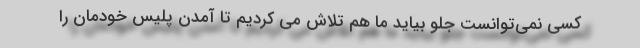
کسی نمی‌توانست جلو بیاید ما هم تلاش می کردیم تا آمدن پلیس خودمان را